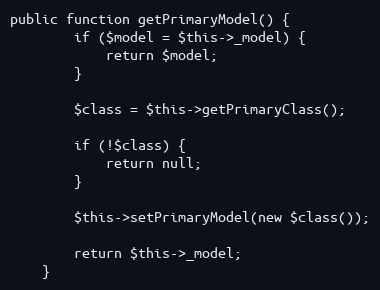
Language: PHP
public function getPrimaryModel() {
        if ($model = $this->_model) {
            return $model;
        }

        $class = $this->getPrimaryClass();

        if (!$class) {
            return null;
        }

        $this->setPrimaryModel(new $class());

        return $this->_model;
    }